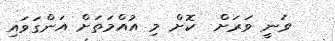
ވަނީ ވަރަށް  ކޮށް މި އުއްމަތަށް އަންގަވައި